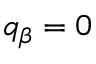
q _ { \beta } = 0